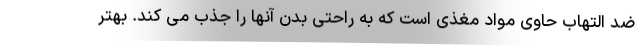
ضد التهاب حاوی مواد مغذی است که به راحتی بدن آنها را جذب می کند. بهتر